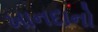
ખાનદાનો